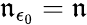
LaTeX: \mathfrak{n}_{\epsilon_{0}}=\mathfrak{n}